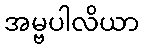
အမ္ဗပါလိယာ